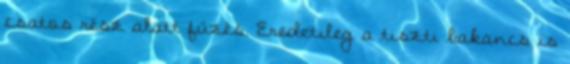
csatos rész alatt fűzés. Eredetileg a tiszti bakancs is